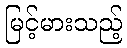
မြင့်မားသည့်